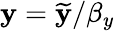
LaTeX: \mathbf{y}=\mathbf{\widetilde{y}}/\beta_{y}